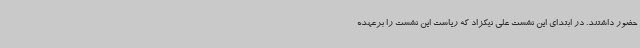
حضور داشتند. در ابتدای این نشست علی نیکزاد که ریاست این نشست را برعهده